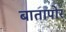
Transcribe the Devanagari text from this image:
बातापोर